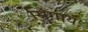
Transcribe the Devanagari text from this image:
सिंगाय